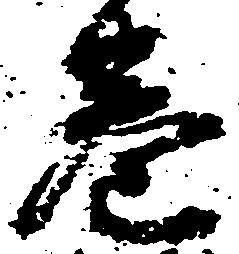
巻